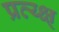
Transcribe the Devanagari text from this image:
प्रत्य्क्ष्